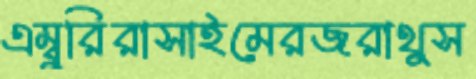
এম্বুরিরাসাইমেরজরাথুস